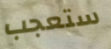
ستعجب